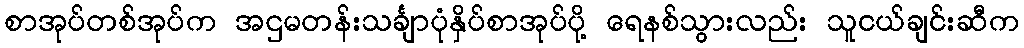
စာအုပ်တစ်အုပ်က အဌမတန်းသင်္ချာပုံနှိပ်စာအုပ်ပို့ ရေနစ်သွားလည်း သူငယ်ချင်းဆီက